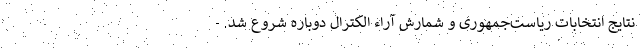
نتایج انتخابات ریاست‌جمهوری و شمارش آراء الکترال دوباره شروع شد. -